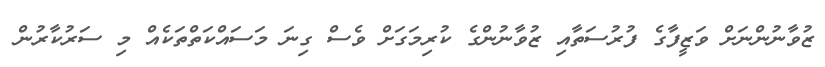
ޒުވާނުންނަށް ވަޒީފާގެ ފުރުސަތާއި ޒުވާނުންގެ ކުރިމަގަށް ވެސް ގިނަ މަސައްކަތްތަކެއް މި ސަރުކާރުން